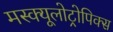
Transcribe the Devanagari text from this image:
मस्क्यूलोट्रोपिक्स